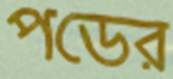
পডের